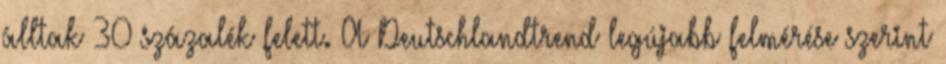
álltak 30 százalék felett. A Deutschlandtrend legújabb felmérése szerint